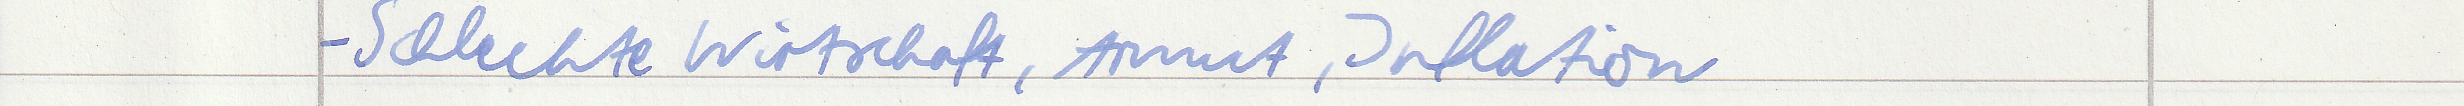
- Schlechte Wirtschaft, Armut, Inflation